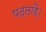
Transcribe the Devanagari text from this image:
पढ़ताहै।